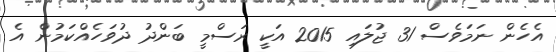
އެހެން ނަމަވެސް 31 ޖުލައި 2015 އަކީ ރަސްމީ ބަންދު ދުވަހެއްކަމުން އެ